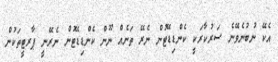
އެކޭ ނުބުނެވޭނެ ސަރުކާރަކީ ކެންޑިޑޭޓުން ނެރޭ ތަނެއް ނޫން ކެންޑިޑޭޓުން ނެރޭނީ ޕާރޓީތަކުން